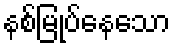
နစ်မြုပ်နေသော